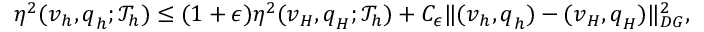
\begin{array} { r } { \eta ^ { 2 } ( \boldsymbol { v } _ { h } , \boldsymbol { q } _ { h } ; \mathcal { T } _ { h } ) \leq ( 1 + \epsilon ) \eta ^ { 2 } ( \boldsymbol { v } _ { H } , \boldsymbol { q } _ { H } ; \mathcal { T } _ { h } ) + C _ { \epsilon } \| ( \boldsymbol { v } _ { h } , \boldsymbol { q } _ { h } ) - ( \boldsymbol { v } _ { H } , \boldsymbol { q } _ { H } ) \| _ { D G } ^ { 2 } , } \end{array}